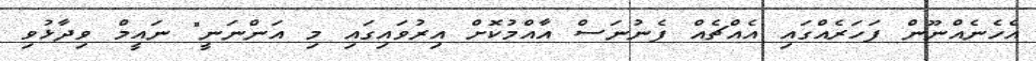
އެހެނެއްނޫން ފަހަރެއްގައި އެއްޗެއް ފެނުނަސް އާއްމުކޮށް އިރުވައިގައި މި އަންނަނީ" ނައީމް ވިދާޅުވި